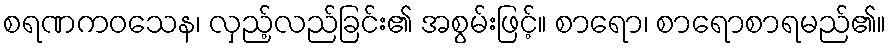
စရဏကဝသေန၊ လှည့်လည်ခြင်း၏ အစွမ်းဖြင့်။ စာရော၊ စာရောစာရမည်၏။